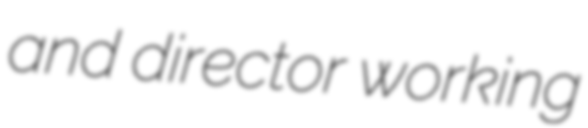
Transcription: and director working